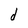
Character: d